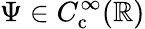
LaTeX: \Psi\in C_{\mathrm{c}}^{\infty}(\mathbb{R})